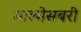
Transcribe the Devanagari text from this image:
माल्मेसबरी